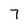
Character: 7